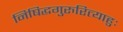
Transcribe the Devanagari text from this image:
निषिद्धगुरुरित्याहुः